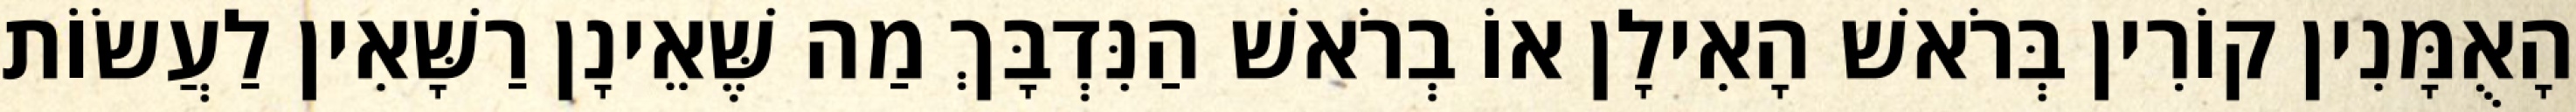
הָאֻמָּנִין קוֹרִין בְּרֹאשׁ הָאִילָן אוֹ בְרֹאשׁ הַנִּדְבָּךְ מַה שֶּׁאֵינָן רַשָּׁאִין לַעֲשׂוֹת